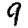
Digit: 9